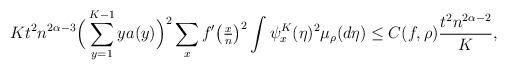
LaTeX: \begin{align*}Kt^2 n^{2\alpha-3} \Big( \sum_{y=1}^{K-1} y a(y)\Big)^2\sum_x f'\big(\tfrac{x}{n}\big)^2 \int \psi_x^{K} (\eta)^2 \mu_\rho(d\eta) \leq C(f,\rho)\frac{ t^2 n^{2\alpha-2}}{K},\end{align*}